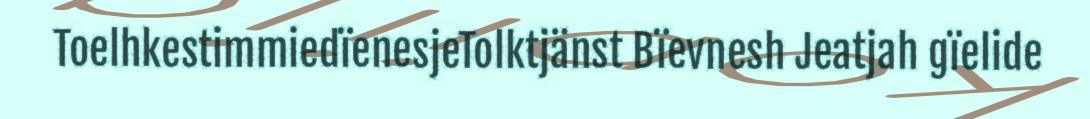
ToelhkestimmiedïenesjeTolktjänst Bïevnesh Jeatjah gïelide